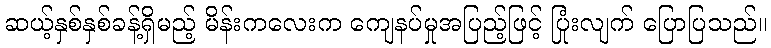
ဆယ့်နှစ်နှစ်ခန့်ရှိမည့် မိန်းကလေးက ကျေနပ်မှုအပြည့်ဖြင့် ပြုံးလျက် ပြောပြသည်။